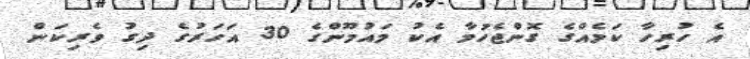
އެ ހުރިހާ ކަމެއްގެ ގޮންޖެހުމާ އެކު މައުމޫންގެ 30 އަހަރުގެ ދިގު ވެރިކަން